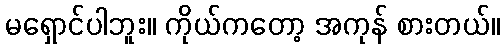
မရှောင်ပါဘူး။ ကိုယ်ကတော့ အကုန် စားတယ်။